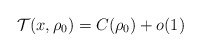
\begin{align*}\mathcal{T}(x, \rho_{0}) = C(\rho_{0})+o(1)\end{align*}